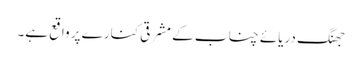
جھنگ دریائے چناب کے مشرقی کنارے پر واقع ہے۔